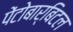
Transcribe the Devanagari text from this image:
पेंटोबार्बिटल